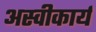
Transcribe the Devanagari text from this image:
अस्‍वीकार्य